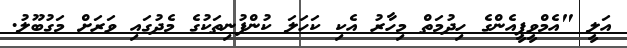
އަލީ "އެމްވީޕީއެންގެ ހިދުމަތް މިހާރު އެކި ކަހަލަ ކުންފުނިތަކުގެ މެދުގައި ވަރަށް މަގުބޫލު.